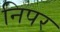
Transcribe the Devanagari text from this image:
निपर